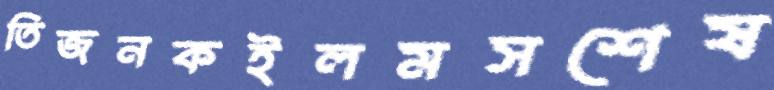
তিজনকইলমসশেষ